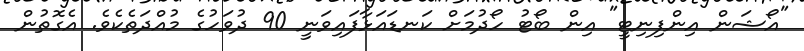
"އޯޝަން އިންފިނިޓީ" އިން ބޯޓު ހޯދުމަށް ކަނޑައަޅާފައިވަނީ 90 ދުވަހުގެ މުއްދަތެކެވެ. އެގޮތުން